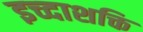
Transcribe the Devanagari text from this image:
इच्दाशक्ति